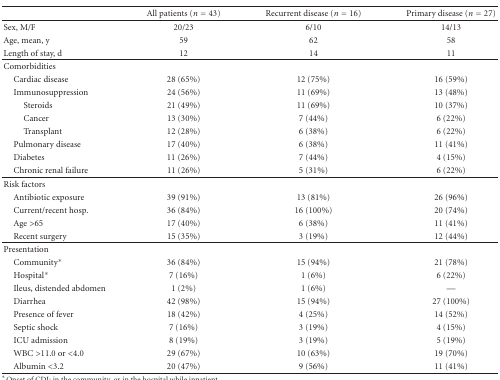
<table><thead><tr><td></td><td><b>All patients (<i>n</i> = 43)</b></td><td><b>Recurrent disease (<i>n</i> = 16)</b></td><td><b>Primary disease (<i>n</i> = 27)</b></td></tr></thead><tbody><tr><td>Sex, M/F</td><td>20/23</td><td>6/10</td><td>14/13</td></tr><tr><td>Age, mean, y</td><td>59</td><td>62</td><td>58</td></tr><tr><td>Length of stay, d</td><td>12</td><td>14</td><td>11</td></tr><tr><td>Comorbidities</td><td></td><td></td><td></td></tr><tr><td> Cardiac disease</td><td>28 (65%)</td><td>12 (75%)</td><td>16 (59%)</td></tr><tr><td> Immunosuppression</td><td>24 (56%)</td><td>11 (69%)</td><td>13 (48%)</td></tr><tr><td>Steroids</td><td>21 (49%)</td><td>11 (69%)</td><td>10 (37%)</td></tr><tr><td>Cancer</td><td>13 (30%)</td><td>7 (44%)</td><td>6 (22%)</td></tr><tr><td>Transplant</td><td>12 (28%)</td><td>6 (38%)</td><td>6 (22%)</td></tr><tr><td> Pulmonary disease</td><td>17 (40%)</td><td>6 (38%)</td><td>11 (41%)</td></tr><tr><td> Diabetes</td><td>11 (26%)</td><td>7 (44%)</td><td>4 (15%)</td></tr><tr><td> Chronic renal failure</td><td>11 (26%)</td><td>5 (31%)</td><td>6 (22%)</td></tr><tr><td>Risk factors</td><td></td><td></td><td></td></tr><tr><td> Antibiotic exposure</td><td>39 (91%)</td><td>13 (81%)</td><td>26 (96%)</td></tr><tr><td> Current/recent hosp.</td><td>36 (84%)</td><td>16 (100%)</td><td>20 (74%)</td></tr><tr><td> Age &gt;65</td><td>17 (40%)</td><td>6 (38%)</td><td>11 (41%)</td></tr><tr><td> Recent surgery</td><td>15 (35%)</td><td>3 (19%)</td><td>12 (44%)</td></tr><tr><td>Presentation</td><td></td><td></td><td></td></tr><tr><td> Community*</td><td>36 (84%)</td><td>15 (94%)</td><td>21 (78%)</td></tr><tr><td> Hospital*</td><td>7 (16%)</td><td>1 (6%)</td><td>6 (22%)</td></tr><tr><td> Ileus, distended abdomen</td><td> 1 (2%)</td><td>1 (6%)</td><td>—</td></tr><tr><td> Diarrhea</td><td>42 (98%)</td><td>15 (94%)</td><td>27 (100%)</td></tr><tr><td> Presence of fever</td><td>18 (42%)</td><td>4 (25%)</td><td>14 (52%)</td></tr><tr><td> Septic shock</td><td>7 (16%)</td><td>3 (19%)</td><td>4 (15%)</td></tr><tr><td> ICU admission</td><td>8 (19%)</td><td>3 (19%)</td><td>5 (19%)</td></tr><tr><td> WBC &gt;11.0 or &lt;4.0</td><td>29 (67%)</td><td>10 (63%)</td><td>19 (70%)</td></tr><tr><td> Albumin &lt;3.2</td><td>20 (47%)</td><td> 9 (56%)</td><td>11 (41%)</td></tr></tbody></table>